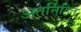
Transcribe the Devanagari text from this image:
अतर्निहित